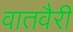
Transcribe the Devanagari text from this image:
वातवैरी